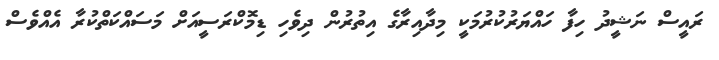
ރައީސް ނަޝީދު ހިފާ ހައްޔަރުކުރުމަކީ މިދާއިރާގެ އިތުރުން ދިވެހި ޑިމޮކްރަސީއަށް މަސައްކަތްކުރާ އެއްވެސް